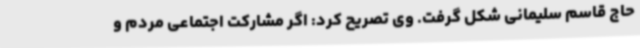
حاج قاسم سلیمانی شکل گرفت. وی تصریح کرد: اگر مشارکت اجتماعی مردم و